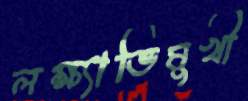
লক্ষ্যাভিমুখী